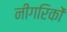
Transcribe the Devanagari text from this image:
नीगरिकों